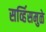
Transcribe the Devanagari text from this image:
सर्व्हिसमुळे